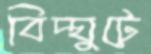
বিদ্ঘুটে